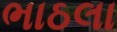
ભાઠલા